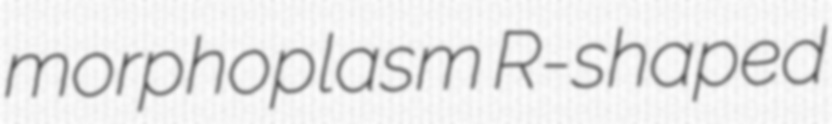
morphoplasm R-shaped